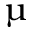
\upmu